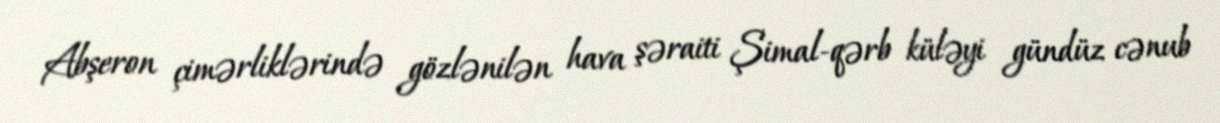
Abşeron çimərliklərində gözlənilən hava şəraiti Şimal-qərb küləyi gündüz cənub